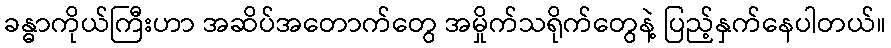
ခန္ဓာကိုယ်ကြီးဟာ အဆိပ်အတောက်တွေ အမှိုက်သရိုက်တွေနဲ့ ပြည့်နှက်နေပါတယ်။